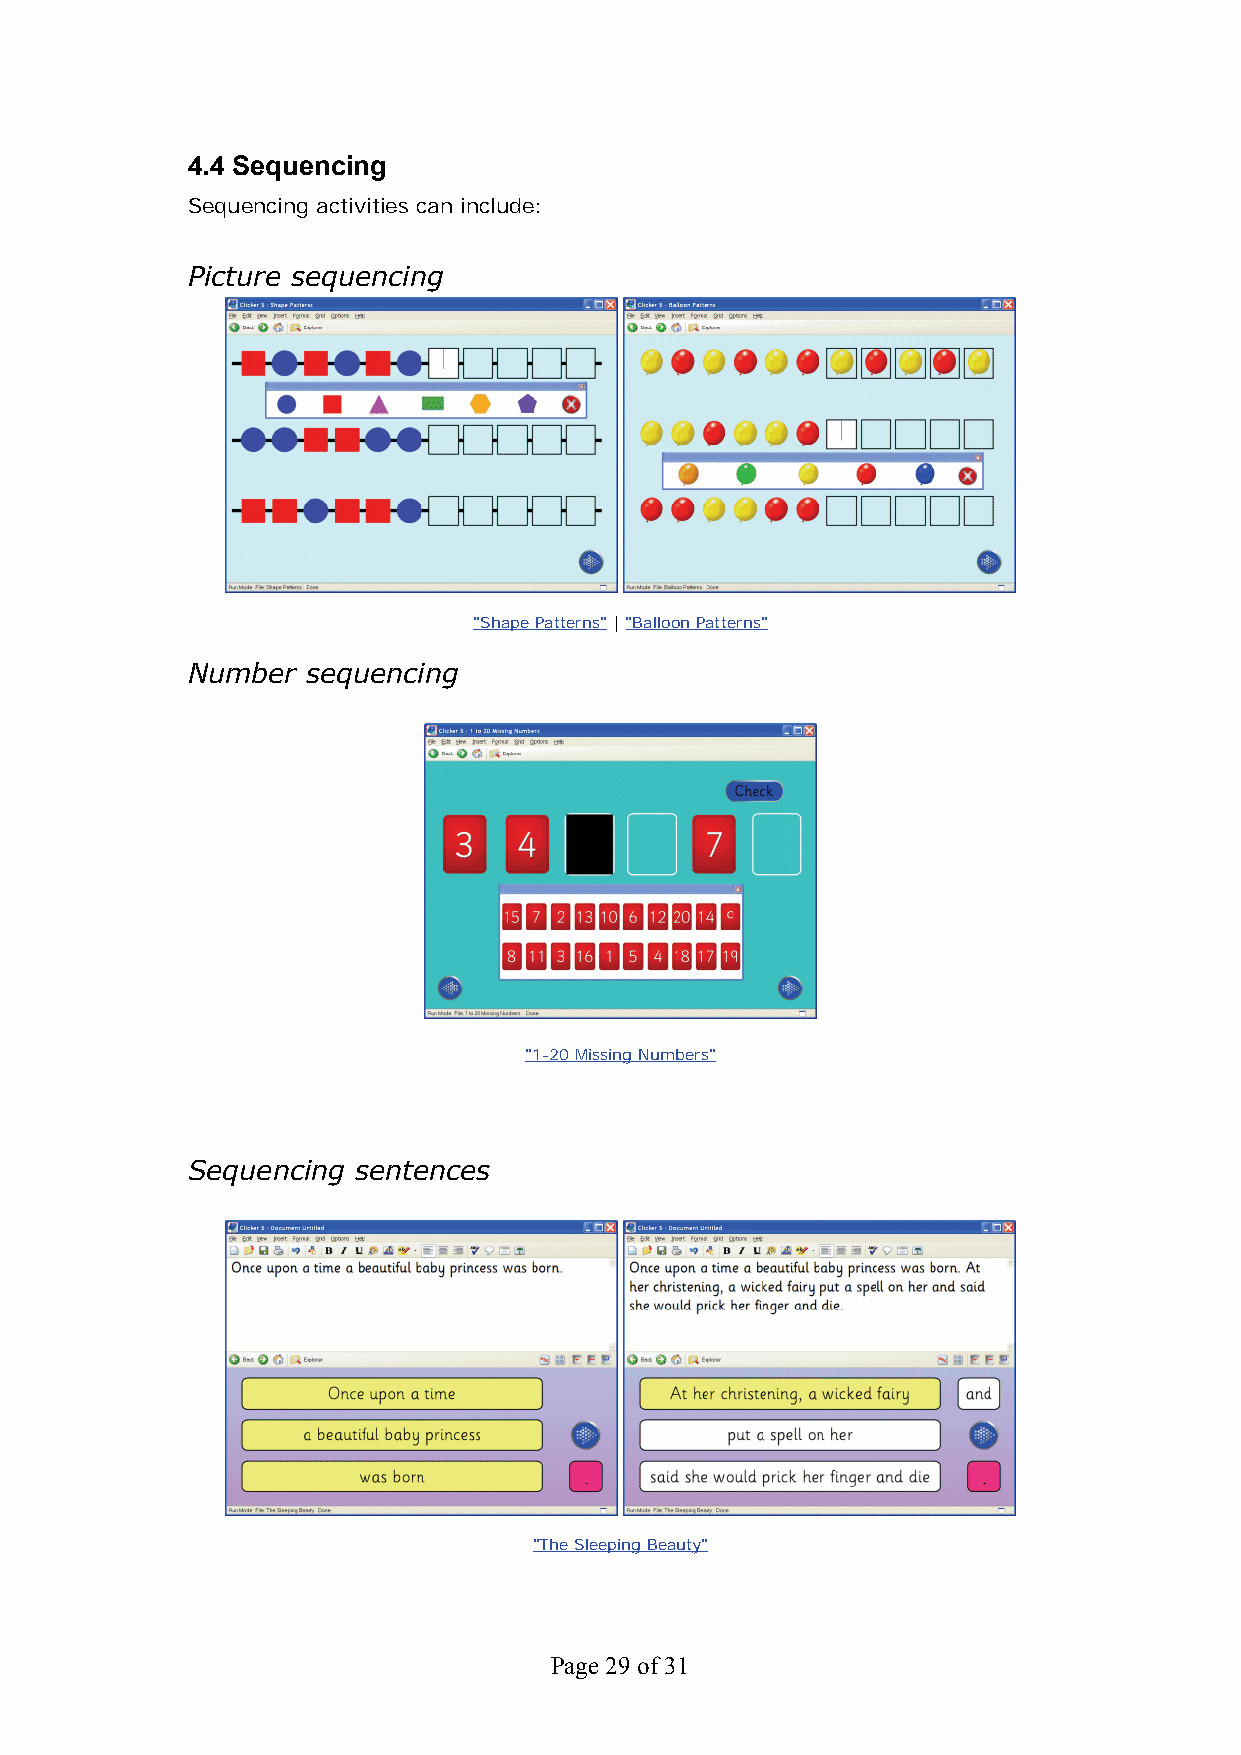
4.4 Sequencing
 Sequencing activities can include:
 Picture sequencing
 "Shape Patterns" | "Balloon Patterns"
 Number  sequencing
 "1-20 Missing Numbers"
 Sequencing sentences
 "The Sleeping Beauty"
 Page 29 of 31